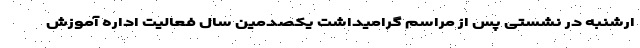
ارشنبه در نشستی پس از مراسم گرامیداشت یکصدمین سال فعالیت اداره آموزش